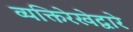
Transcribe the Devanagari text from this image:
व्यक्तिरेखेद्वारे